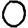
Digit: 0